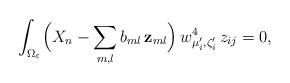
LaTeX: \begin{align*}\int_{\Omega_\varepsilon}\Bigl(X_{n}-\sum_{m,l}b_{ml} \,{\bf z}_{ml}\Bigr)\,w_{\mu_i^{\prime},\zeta_i^{\prime}}^4\,z_{ij}=0,\end{align*}